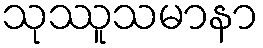
သုဿူသမာနာ